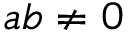
a b \neq 0